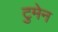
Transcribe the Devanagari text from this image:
टुमेन